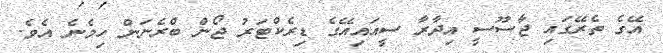
އޭގެ ތެރޭގައި ޖާސޫސީ އިދާރާ ސީއައިއޭގެ ޑިރެކްޓަރު ޖޯން ބްރެނަން ހިމެނެ އެވެ.